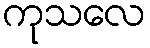
ကုသလေ